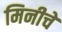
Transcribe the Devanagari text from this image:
मिनीचे